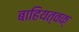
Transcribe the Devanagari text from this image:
बाहियत्वक्‌